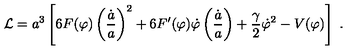
{ \cal L } = a ^ { 3 } \left[ 6 F ( \varphi ) \left( \frac { \dot { a } } { a } \right) ^ { 2 } + 6 F ^ { \prime } ( \varphi ) \dot { \varphi } \left( \frac { \dot { a } } { a } \right) + \frac { \gamma } { 2 } \dot { \varphi } ^ { 2 } - V ( \varphi ) \right] \ .